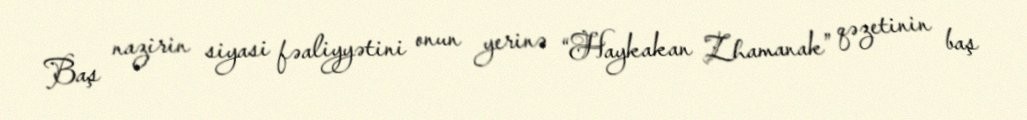
Baş nazirin siyasi fəaliyyətini onun yerinə “Haykakan Zhamanak” qəzetinin baş